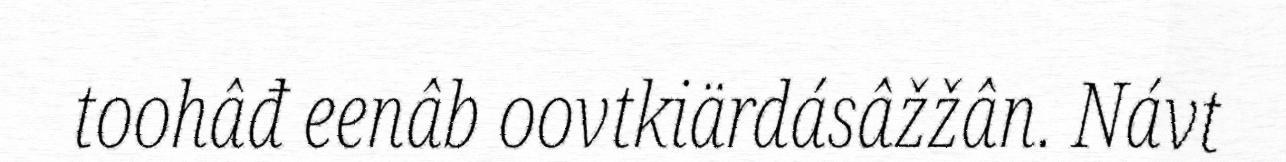
toohâđ eenâb oovtkiärdásâžžân. Návt